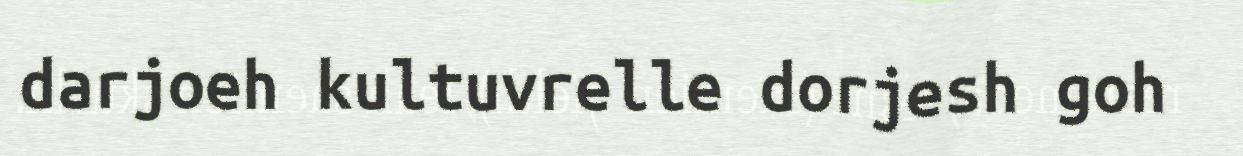
darjoeh kultuvrelle dorjesh goh